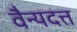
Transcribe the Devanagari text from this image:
वैन्यदत्त